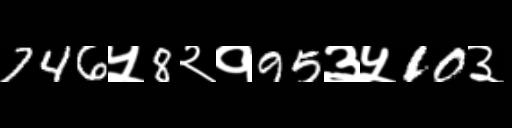
Text: 746५8२१95३५10३